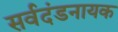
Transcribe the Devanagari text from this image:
सर्वदंडनायक